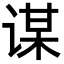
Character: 谋